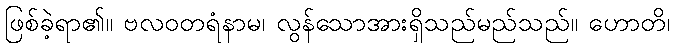
ဖြစ်ခဲ့ရာ၏။ ဗလဝတရံနာမ၊ လွန်သောအားရှိသည်မည်သည်။ ဟောတိ၊